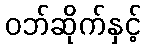
ဝဘ်ဆိုက်နှင့်